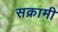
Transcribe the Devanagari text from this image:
सक्रामी